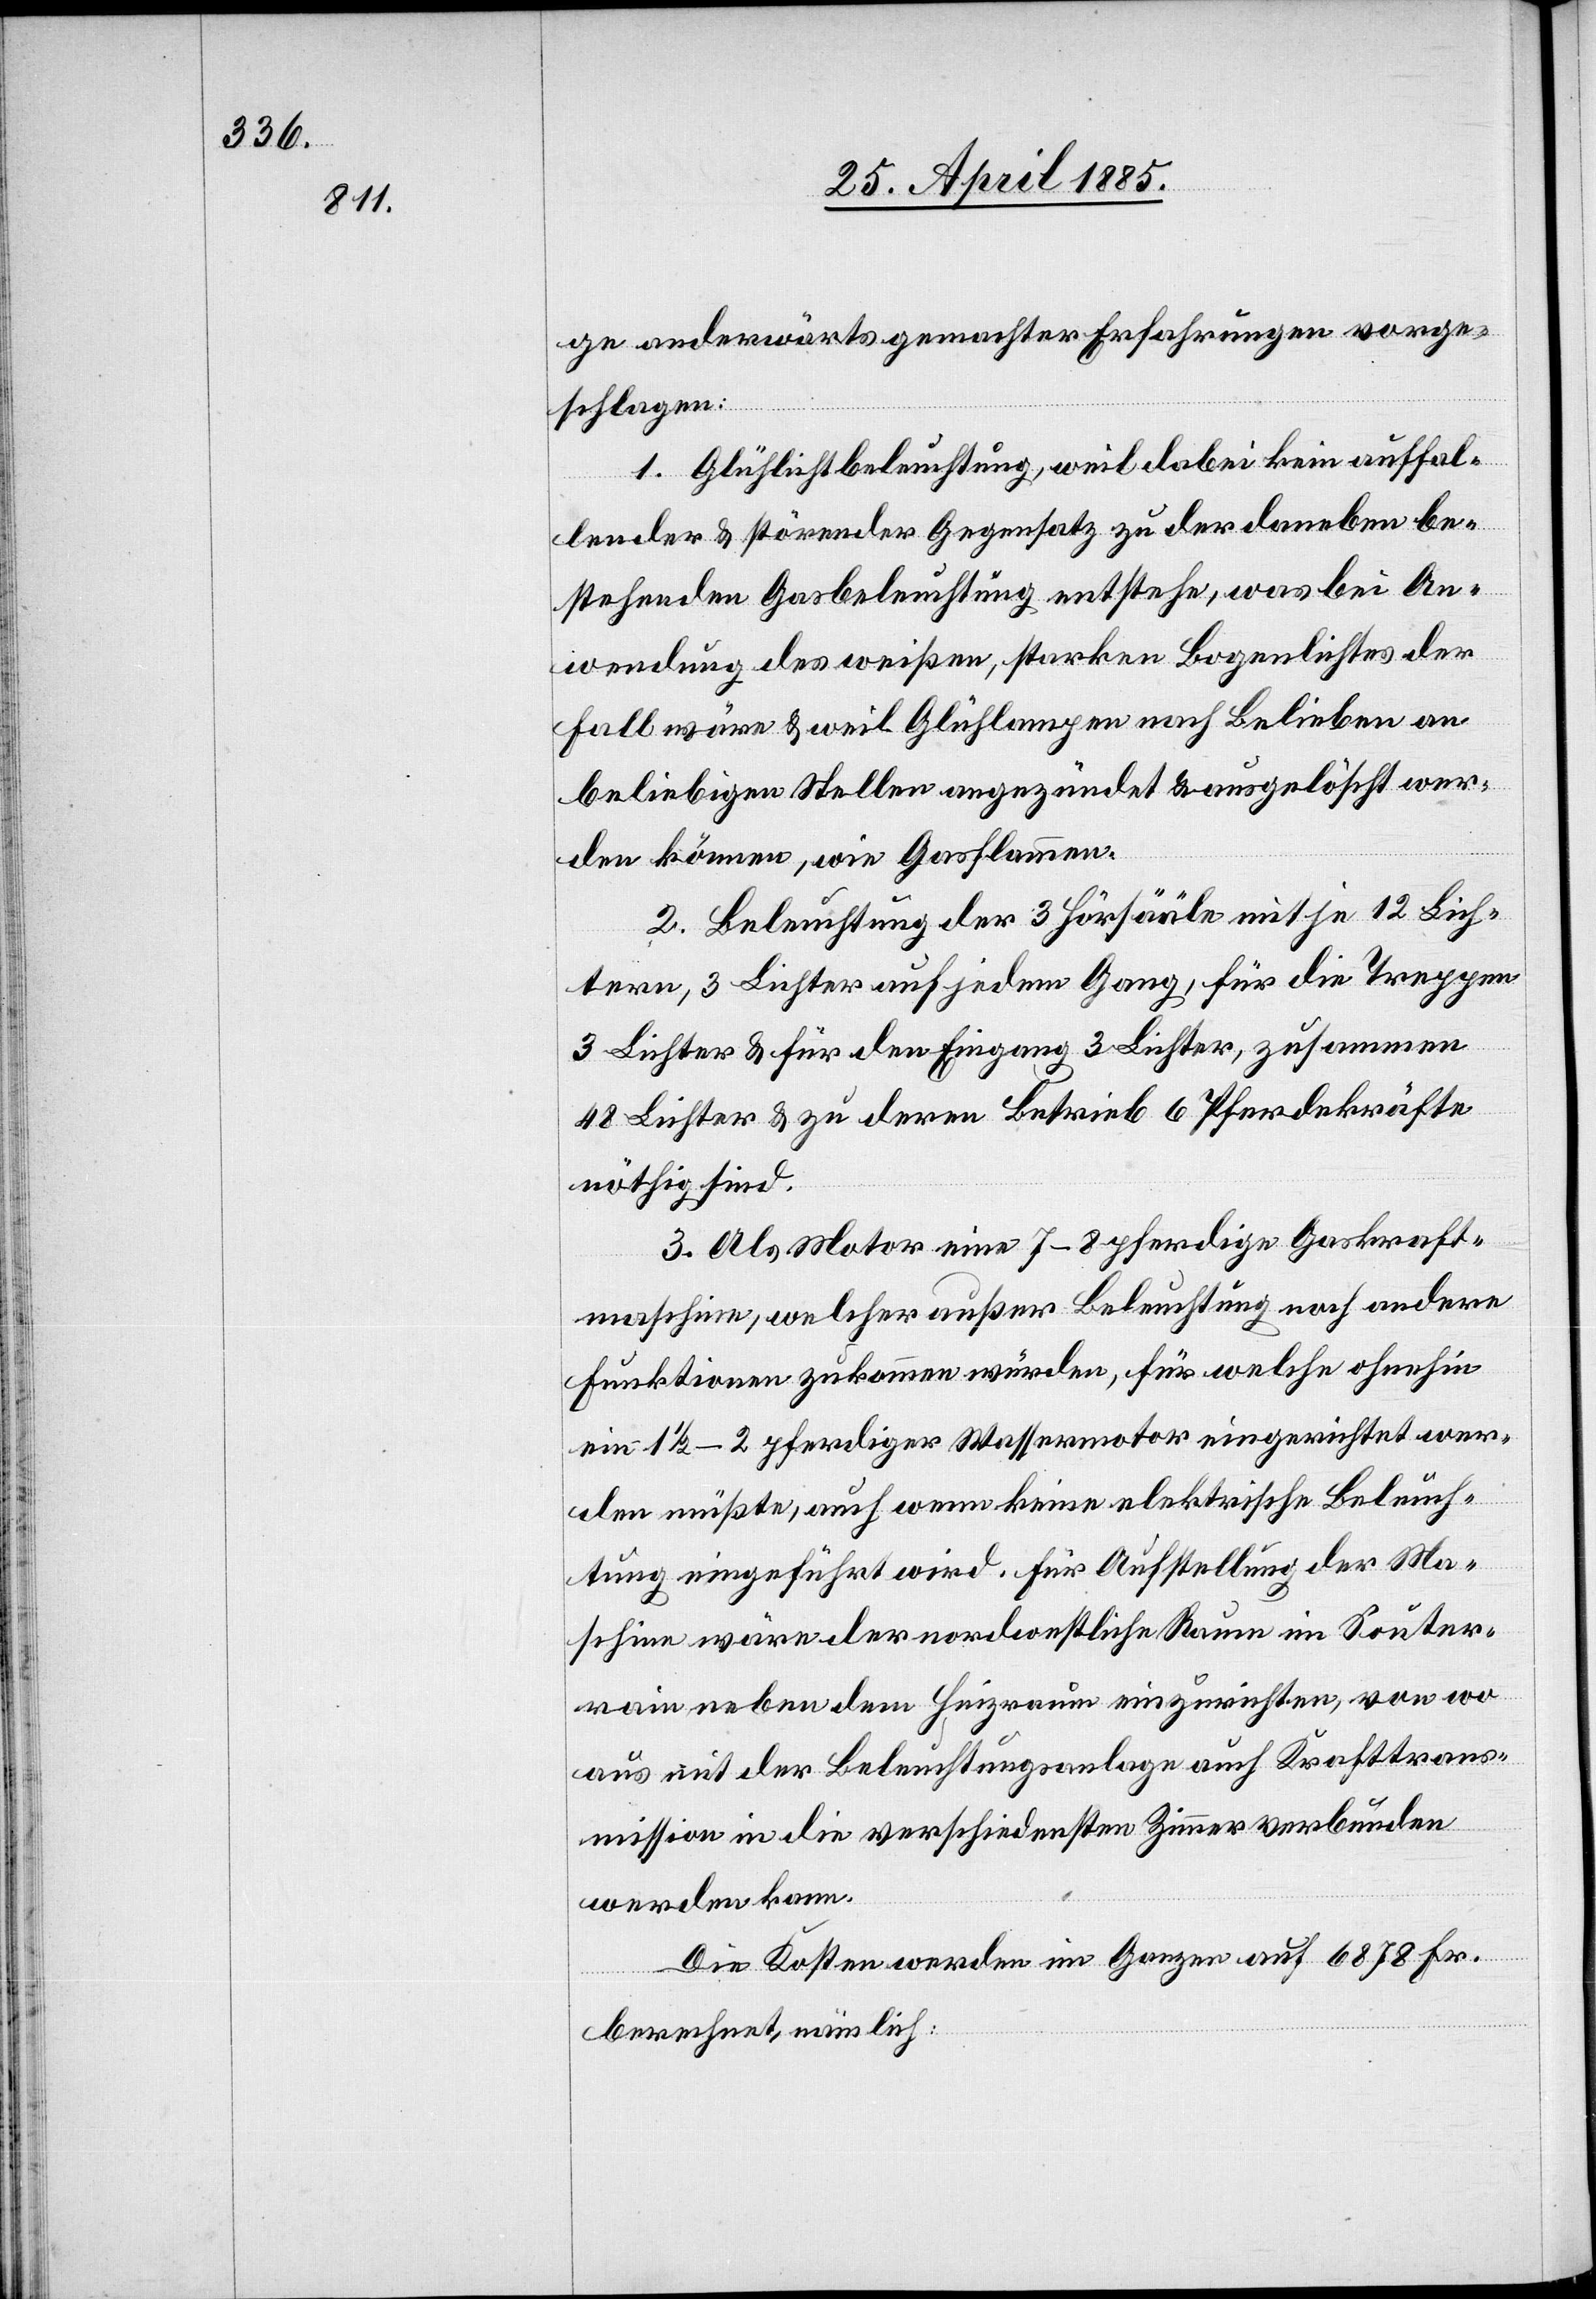
ge anderwärts gemachter Erfahrungen vorge¬
schlagen:
1. Glühlichtbeleuchtung, weil dabei kein auffal¬
lender & störender Gegensatz zu der daneben be¬
stehenden Gasbeleuchtung entstehe, was bei An¬
wendung des weißen, starken Bogenlichtes der
Fall wäre & weil Glühlampen nach Belieben an
beliebigen Stellen angezündet & ausgelöscht wer¬
den können, wie Gasflammen.
2. Beleuchtung der 3 Hörsääle mit je 12 Lich¬
tern, 3 Lichter auf jedem Gang, für die Treppen
3 Lichter & für den Eingang 3 Lichter, zusammen
48 Lichter & zu deren Betrieb 6 Pferdekräfte
nöthig sind.
3. Als Motor eine 7–8 pferdige Gaskraft¬
maschine, welcher außer Beleuchtung noch andere
Funktionen zukommen würde, für welche ohnehin
ein 1 1/2–2 pferdiger Wassermotor eingerichtet wer¬
den müßte, auch wenn keine elektrische Beleuch¬
tung eingeführt wird. Für Aufstellung der Ma¬
schine wäre der nordwestliche Raum im Sauter¬
rain neben dem Heizraum einzurichten, von wo
aus mit der Beleuchtungsanlage auch Krafttrans¬
mission in die verschiedensten Zimmer verbunden
werden kann.
Die Kosten werden im Ganzen auf 6878 Fr.
berechnet, nämlich: